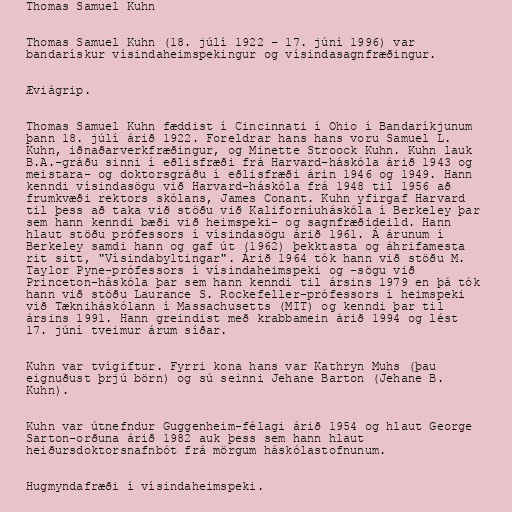
Thomas Samuel Kuhn

Thomas Samuel Kuhn (18. júlí 1922 – 17. júní 1996) var
bandarískur vísindaheimspekingur og vísindasagnfræðingur.

Æviágrip.

Thomas Samuel Kuhn fæddist í Cincinnati í Ohio í Bandaríkjunum
þann 18. júlí árið 1922. Foreldrar hans hans voru Samuel L.
Kuhn, iðnaðarverkfræðingur, og Minette Stroock Kuhn. Kuhn lauk
B.A.-gráðu sinni í eðlisfræði frá Harvard-háskóla árið 1943 og
meistara- og doktorsgráðu í eðlisfræði árin 1946 og 1949. Hann
kenndi vísindasögu við Harvard-háskóla frá 1948 til 1956 að
frumkvæði rektors skólans, James Conant. Kuhn yfirgaf Harvard
til þess að taka við stöðu við Kaliforníuháskóla í Berkeley þar
sem hann kenndi bæði við heimspeki- og sagnfræðideild. Hann
hlaut stöðu prófessors í vísindasögu árið 1961. Á árunum í
Berkeley samdi hann og gaf út (1962) þekktasta og áhrifamesta
rit sitt, "Vísindabyltingar". Árið 1964 tók hann við stöðu M.
Taylor Pyne-prófessors í vísindaheimspeki og -sögu við
Princeton-háskóla þar sem hann kenndi til ársins 1979 en þá tók
hann við stöðu Laurance S. Rockefeller-prófessors í heimspeki
við Tækniháskólann í Massachusetts (MIT) og kenndi þar til
ársins 1991. Hann greindist með krabbamein árið 1994 og lést
17. júní tveimur árum síðar.

Kuhn var tvígiftur. Fyrri kona hans var Kathryn Muhs (þau
eignuðust þrjú börn) og sú seinni Jehane Barton (Jehane B.
Kuhn).

Kuhn var útnefndur Guggenheim-félagi árið 1954 og hlaut George
Sarton-orðuna árið 1982 auk þess sem hann hlaut
heiðursdoktorsnafnbót frá mörgum háskólastofnunum.

Hugmyndafræði í vísindaheimspeki.